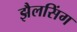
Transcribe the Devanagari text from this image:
झैलसिंग